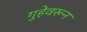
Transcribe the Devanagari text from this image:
गुहेवरून